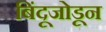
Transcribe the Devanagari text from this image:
बिंदूजोडून